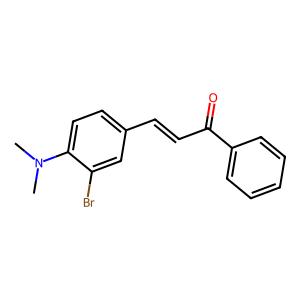
SMILES: CN(C)c1ccc(C=CC(=O)c2ccccc2)cc1Br
Inhibits HIV replication: No